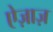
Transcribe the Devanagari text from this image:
ऐज़ाज़